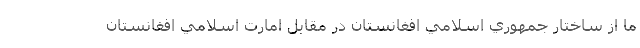
ما از ساختار جمهوري اسلامي افغانستان در مقابل امارت اسلامي افغانستان